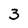
Character: 3